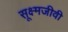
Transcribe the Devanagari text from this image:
सूक्ष्‍मजीवी